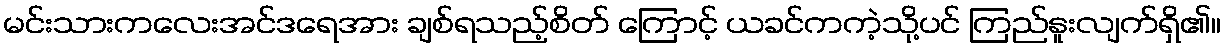
မင်းသားကလေးအင်ဒရေအား ချစ်ရသည့်စိတ် ကြောင့် ယခင်ကကဲ့သို့ပင် ကြည်နူးလျက်ရှိ၏။